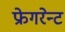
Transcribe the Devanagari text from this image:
फ्रेगरेन्ट